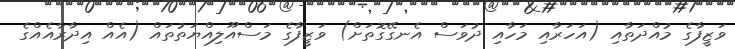
ވަޒީފާގެ މުއްދަތާއި (އަހަރާއި މަހާއި ދުވަސް އެނގޭގޮތަށް) ވަޒީފާގެ މަސްއޫލިއްޔަތުތައް (އެއް އިދާރާއެއްގެ